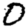
Digit: 0